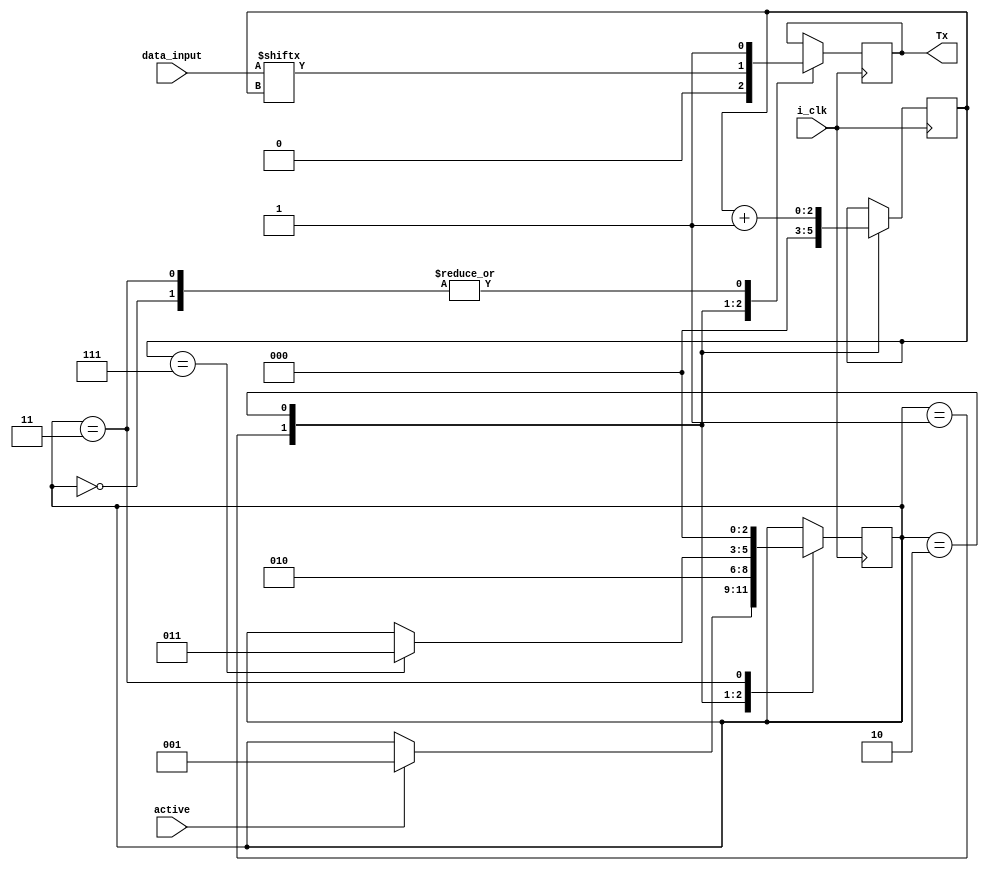
`timescale 1ns / 1ps

module TxUART(
	input i_clk,
	input [7:0] data_input,
	input active,
	output reg Tx = 1
    );
	 
	// i_clk should be equal to baudrate
	
	parameter DATA_BITS = 8;
	parameter S_IDLE = 2'b00;
	parameter S_START = 2'b01;
	parameter S_DATA = 2'b10;
	parameter S_STOP = 2'b11;
	
	reg [2:0] state = 0;
	reg [2:0] data_index = 0;
	
	always @(posedge i_clk) begin
		case(state) 
			S_IDLE: begin
				Tx <= 1;
				if(active) begin
					state <= S_START;
				end
			end
			
			S_START: begin
				Tx <= 0;
				state <= S_DATA;
				data_index <= 0;
			end
			
			S_DATA: begin
				if(data_index == 7) begin
					state <= S_STOP; 
				end
				Tx <= data_input[data_index];
				data_index <= data_index + 1;
			end
			
			S_STOP: begin
				Tx <= 1;
				state <= S_IDLE;
			end
		
		endcase

	end	

endmodule